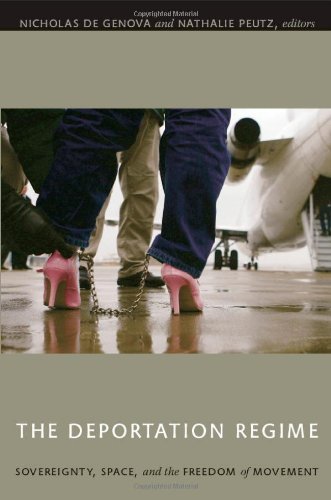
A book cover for The Deportation Regime: Sovereignty, Space, and the Freedom of Movement; Law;